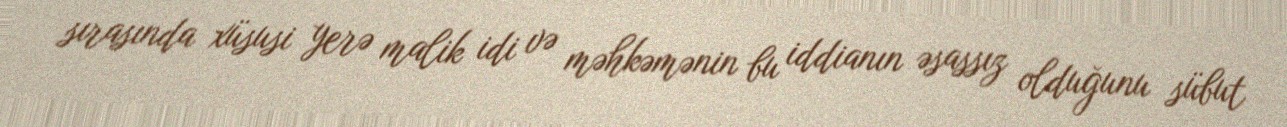
sırasında xüsusi yerə malik idi və məhkəmənin bu iddianın əsassız olduğunu sübut